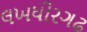
લખધીરગઢ